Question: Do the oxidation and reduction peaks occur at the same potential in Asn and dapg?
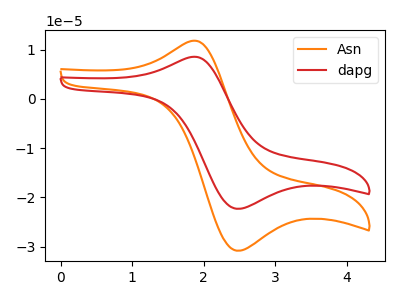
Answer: <think>The orange curve "Asn" has an anodic peak at (1.80V, 11.75uA) and a cathodic peak at (2.45V, -30.85uA). The red curve "dapg" has an anodic peak at (1.80V, 8.50uA) and a cathodic peak at (2.45V, -22.30uA).</think>
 <answer>Yes, "Asn" have a peak in "dapg" at the same potential.</answer>
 <eval>match</eval>